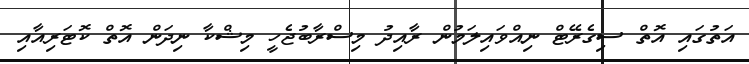
އަތުގައި އޮތް ސިގެރޭޓް ނިއްވައިލަމުން ރާއިދު މިސްރާބުޖެހީ މިޝްކާ ނިދަން އޮތް ކޮޓަރިއާއި